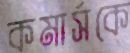
কমার্সকে